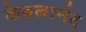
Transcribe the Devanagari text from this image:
केवलानंद